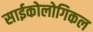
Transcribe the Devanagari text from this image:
साईकोलोगिकल